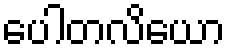
ပေါတလိယော